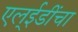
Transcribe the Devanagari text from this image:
एल्‌ईडींचा